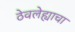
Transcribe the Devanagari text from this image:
ठेवलेह्याचा